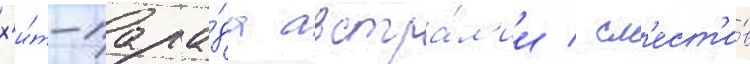
х'и́т-пара́да австра́л'ии / см'ест'и́в